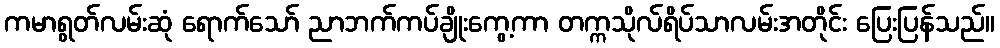
ကမာရွတ်လမ်းဆုံ ရောက်သော် ညာဘက်ကပ်ချိုးကွေ့ကာ တက္ကသိုလ်ရိပ်သာလမ်းအတိုင်း ပြေးပြန်သည်။